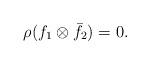
LaTeX: \begin{align*} \rho(f_1\otimes \bar{f}_2)=0. \end{align*}